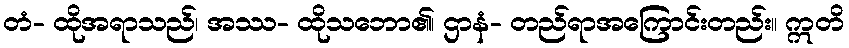
တံ- ထိုအရာသည်၊ အဿ- ထိုသဘော၏၊ ဌာနံ- တည်ရာအကြောင်းတည်း။ ဣတိ